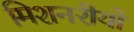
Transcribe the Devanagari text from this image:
मिशनरीयों